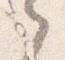
之